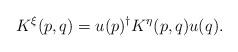
LaTeX: \begin{align*}K^{\xi}(p,q)=u(p)^{\dagger}K^{\eta}(p,q)u(q).\end{align*}